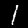
Label: 1